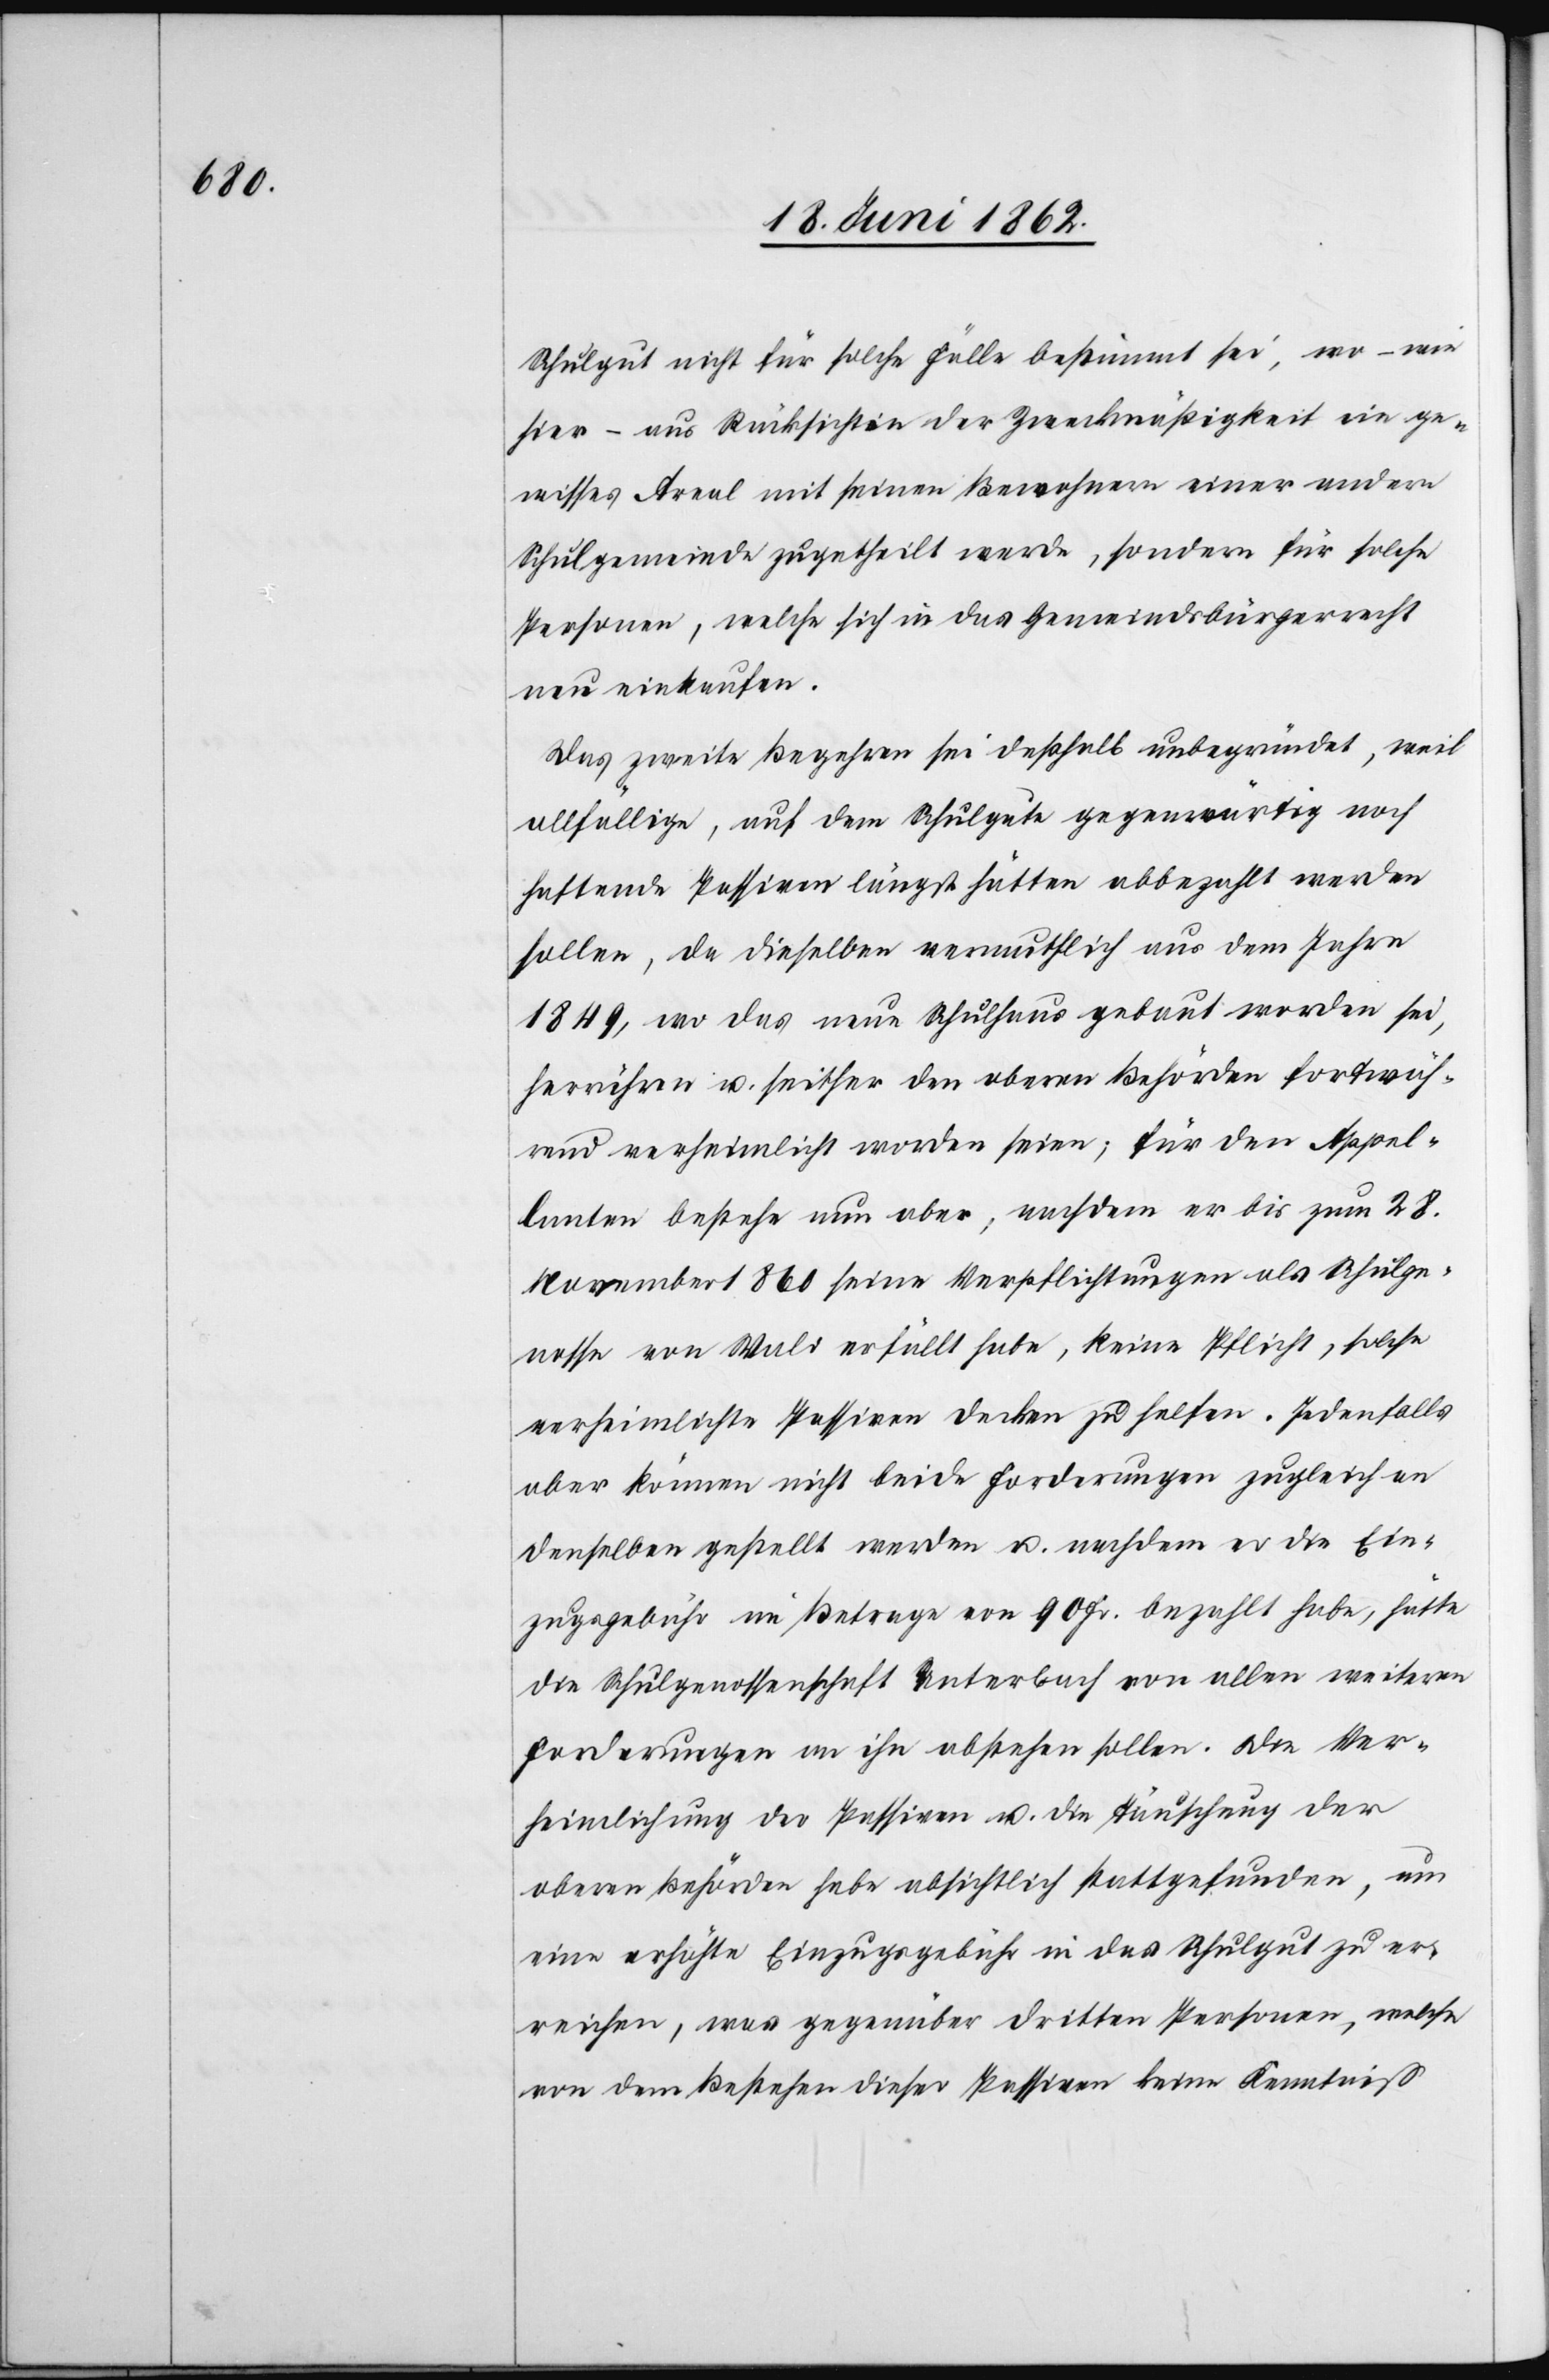
Schulgut nicht für solche Fälle bestimmt sei, wo –wie
hier – aus Rücksichten der Zweckmäßigkeit ein ge¬
wisses Areal mit seinen Bewohnern einer andern
Schulgemeinde zugetheilt werde, sondern für solche
Personen, welche sich in das Gemeindsbürgerrecht
neu einkaufen.
Das zweite Begehren sei deßhalb unbegründet, weil
allfällige, auf dem Schulgute gegenwärtig noch
haftende Passiven längst hätten abbezahlt werden
sollen, da dieselben vermuthlich aus dem Jahre
1849, wo das neue Schulhaus gebaut worden sei,
herrühren u. seither den obern Behörden fortwäh¬
rend verheimlicht worden seien; für den Appel¬
lanten bestehe nun aber, nachdem er bis zum 28.
November 1860 seine Verpflichtungen als Schulge¬
nosse von Wald erfüllt habe, keine Pflicht, solche
verheimlichte Passiven decken zu helfen. Jedenfalls
aber können nicht beide Forderungen zugleich an
denselben gestellt werden u. nachdem er die Ein¬
zugsgebühr im Betrage von 90 Fr. bezahlt habe, hätte
die Schulgenossenschaft Unterbach von allen weiteren
Forderungen an ihn abstehen sollen. Die Ver¬
heimlichung der Passiven u. die Täuschung der
oberen Behörden habe absichtlich stattgefunden, um
eine erhöhte Einzugsgebühr in das Schulgut zu er¬
reichen, was gegenüber dritten Personen, welche
von dem Bestehen dieser Passiven keine Kenntniß